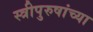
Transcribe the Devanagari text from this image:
स्त्रीपुरुषांच्या